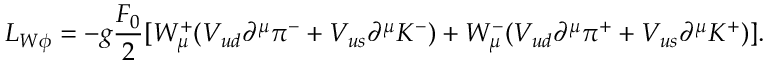
{ \cal L } _ { W \phi } = - g \frac { F _ { 0 } } { 2 } [ { \cal W } _ { \mu } ^ { + } ( V _ { u d } \partial ^ { \mu } \pi ^ { - } + V _ { u s } \partial ^ { \mu } K ^ { - } ) + { \cal W } _ { \mu } ^ { - } ( V _ { u d } \partial ^ { \mu } \pi ^ { + } + V _ { u s } \partial ^ { \mu } K ^ { + } ) ] .